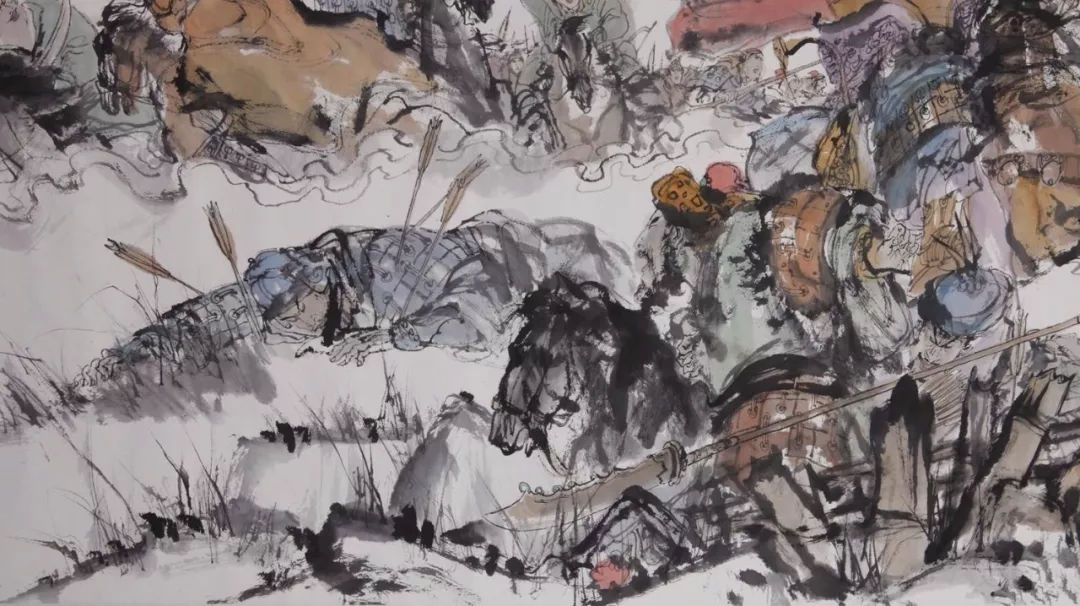
男儿何不带吴钩，收取关山五十州。